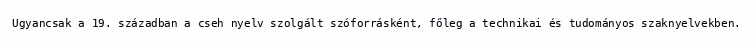
Ugyancsak a 19. században a cseh nyelv szolgált szóforrásként, főleg a technikai és tudományos szaknyelvekben.